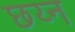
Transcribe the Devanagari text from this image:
छय्न